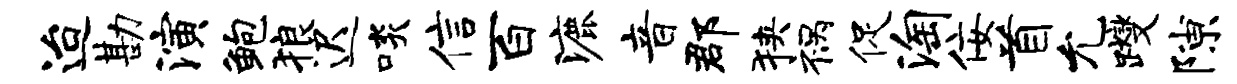
迨勘演鲍狼迟啖信百漉音郡狭祸促淘佞首允躞隙